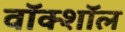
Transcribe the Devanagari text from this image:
वॉक्शॉल